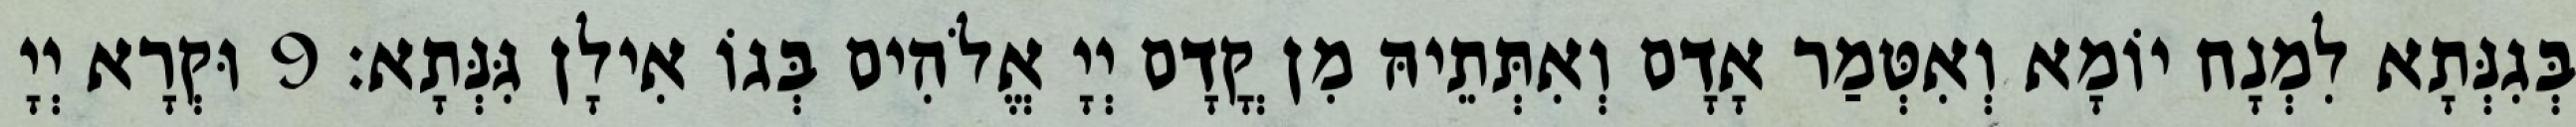
בְּגִנְּתָא לִמְנָח יוֹמָא וְאִטְּמַר אָדָם וְאִתְּתֵיהּ מִן קֳדָם יְיָ אֱלֹהִים בְּגוֹ אִילָן גִּנְּתָא׃ 9 וּקְרָא יְיָ